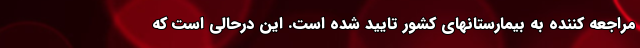
مراجعه کننده به بیمارستانهای کشور تایید شده است. این درحالی است که